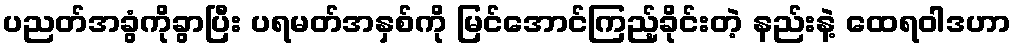
ပညတ်အခွံကိုခွာပြီး ပရမတ်အနှစ်ကို မြင်အောင်ကြည့်ခိုင်းတဲ့ နည်းနဲ့ ထေရဝါဒဟာ